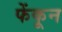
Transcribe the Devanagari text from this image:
फेंकून